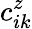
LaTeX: c_{ik}^{z}